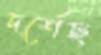
দর্শেছ